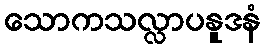
သောကသလ္လာပနူဒနံ